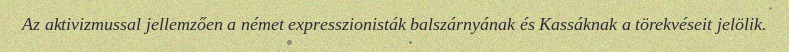
Az aktivizmussal jellemzően a német expresszionisták balszárnyának és Kassáknak a törekvéseit jelölik.